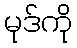
မုဒ်ကို